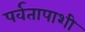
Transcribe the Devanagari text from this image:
पर्वतापाशी